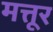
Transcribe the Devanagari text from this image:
मत्तूर